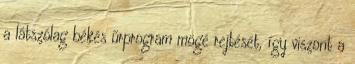
a látszólag békés űrprogram mögé rejtését, így viszont a